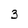
Character: 3